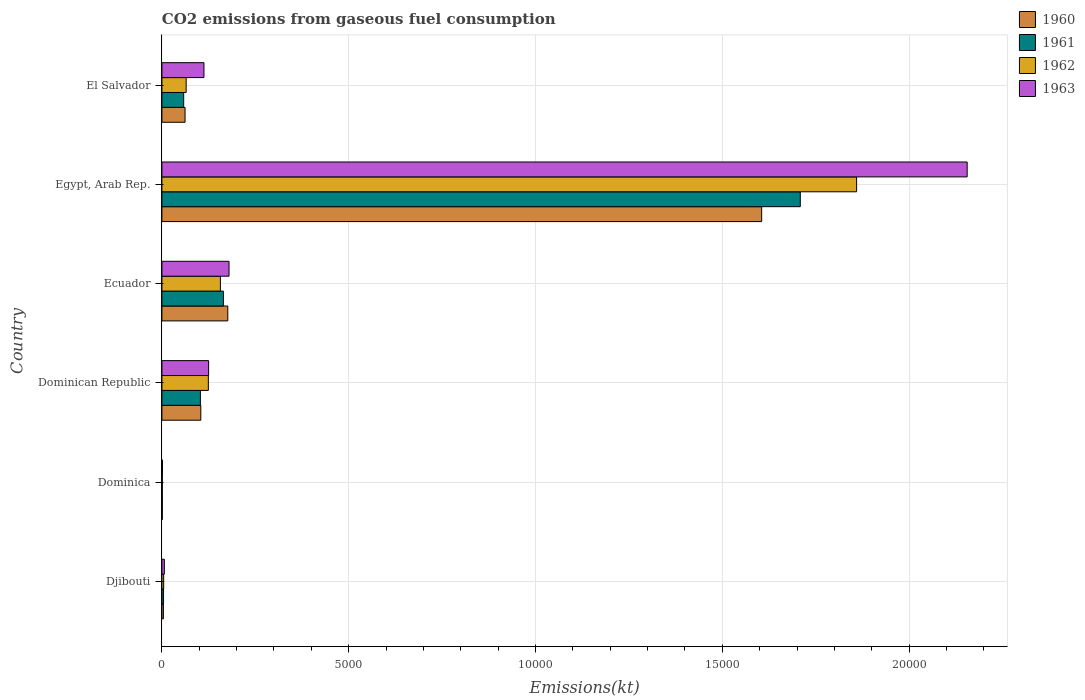
| Country | 1960 | 1961 | 1962 | 1963 |
 | --- | --- | --- | --- | --- |
 | Djibouti | 40.3 | 44 | 47.7 | 66 |
 | Dominica | 11 | 11 | 11 | 14.7 |
 | Dominican Republic | 1.04e+03 | 1.03e+03 | 1.24e+03 | 1.25e+03 |
 | Ecuador | 1.76e+03 | 1.65e+03 | 1.57e+03 | 1.8e+03 |
 | Egypt, Arab Rep. | 1.61e+04 | 1.71e+04 | 1.86e+04 | 2.16e+04 |
 | El Salvador | 620 | 583 | 649 | 1.13e+03 |